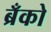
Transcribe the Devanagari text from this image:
ब्रँको